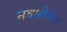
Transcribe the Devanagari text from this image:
नवश्रीमंत